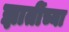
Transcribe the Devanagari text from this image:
ज्ञातींच्या